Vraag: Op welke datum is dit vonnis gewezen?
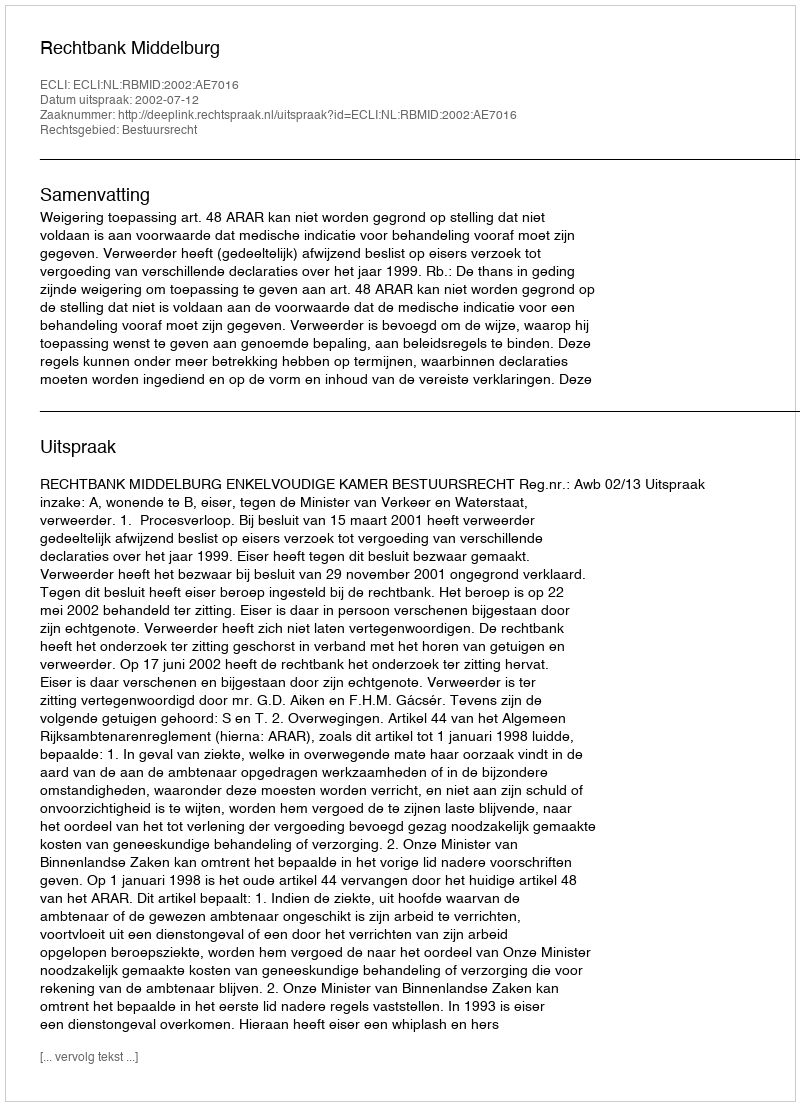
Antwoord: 2002-07-12